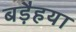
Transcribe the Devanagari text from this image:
बड़ैहया